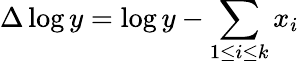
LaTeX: \Delta\log y=\log y-\sum_{1\leq i\leq k}x_{i}